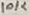
Text: 10K